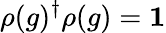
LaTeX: \rho(g)^{\dagger}\rho(g)=\mathbf{1}